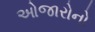
ઓજારોનો